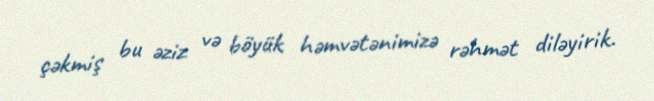
çəkmiş bu əziz və böyük həmvətənimizə rəhmət diləyirik.